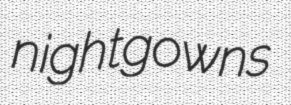
nightgowns